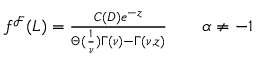
\begin{array} { r } { f ^ { \mathcal { F } } ( L ) = \frac { C ( D ) e ^ { - z } } { \Theta ( \frac { 1 } { \nu } ) \Gamma \left( \nu \right) - \Gamma \left( \nu , z \right) } \qquad \alpha \neq - 1 \ } \end{array}